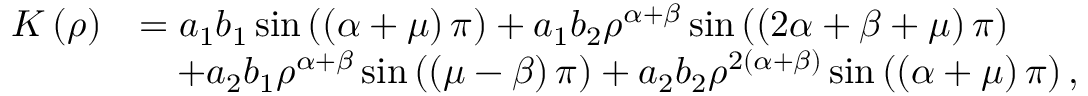
\begin{array} { r l } { K \left( \rho \right) } & { = a _ { 1 } b _ { 1 } \sin \left( \left( \alpha + \mu \right) \pi \right) + a _ { 1 } b _ { 2 } \rho ^ { \alpha + \beta } \sin \left( \left( 2 \alpha + \beta + \mu \right) \pi \right) } \\ & { \quad + a _ { 2 } b _ { 1 } \rho ^ { \alpha + \beta } \sin \left( \left( \mu - \beta \right) \pi \right) + a _ { 2 } b _ { 2 } \rho ^ { 2 \left( \alpha + \beta \right) } \sin \left( \left( \alpha + \mu \right) \pi \right) , } \end{array}